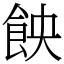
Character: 䬬